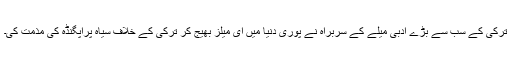
ترکی کے سب سے بڑے ادبی میلے کے سربراہ نے پوری دنیا میں ای میلز بھیج کر ترکی کے خلاف سیاہ پراپگنڈہ کی مذمت کی۔